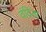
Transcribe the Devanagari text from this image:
वंदिता